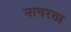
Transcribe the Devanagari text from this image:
नागरता